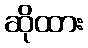
ဆိုထား